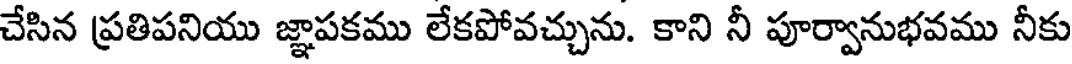
చేసిన ప్రతిపనియు జ్ఞాపకము లేకపోవచ్చును. కాని నీ పూర్వానుభవము నీకు